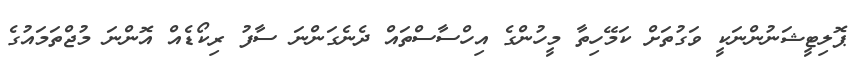
ޕޮލިޓީޝަނުންނަކީ ވަގުތަށް ކަމޭހިތާ މީހުންގެ އިހްސާސްތައް ދެނެގަންނަ ސާފު ރިކޯޑެއް އޮންނަ މުޖްތަމައުގެ